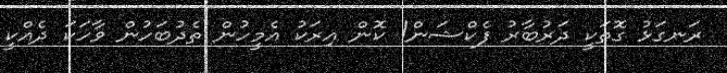
ރަނގަޅު ގޮތަކީ ދަރުބާރު ފެކްޝަން! ކޮން އިރަކު އެމީހުން ތެދުބަހުން ވާހަކަ ދެއްކީ